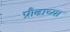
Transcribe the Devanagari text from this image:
प्रौढाच्या